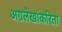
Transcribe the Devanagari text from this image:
अग्रलेखांकरिता